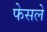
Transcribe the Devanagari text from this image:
फेसले